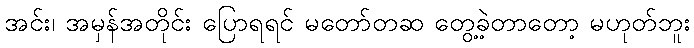
အင်း၊ အမှန်အတိုင်း ပြောရရင် မတော်တဆ တွေ့ခဲ့တာတော့ မဟုတ်ဘူး